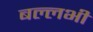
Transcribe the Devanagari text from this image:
बल्लभी